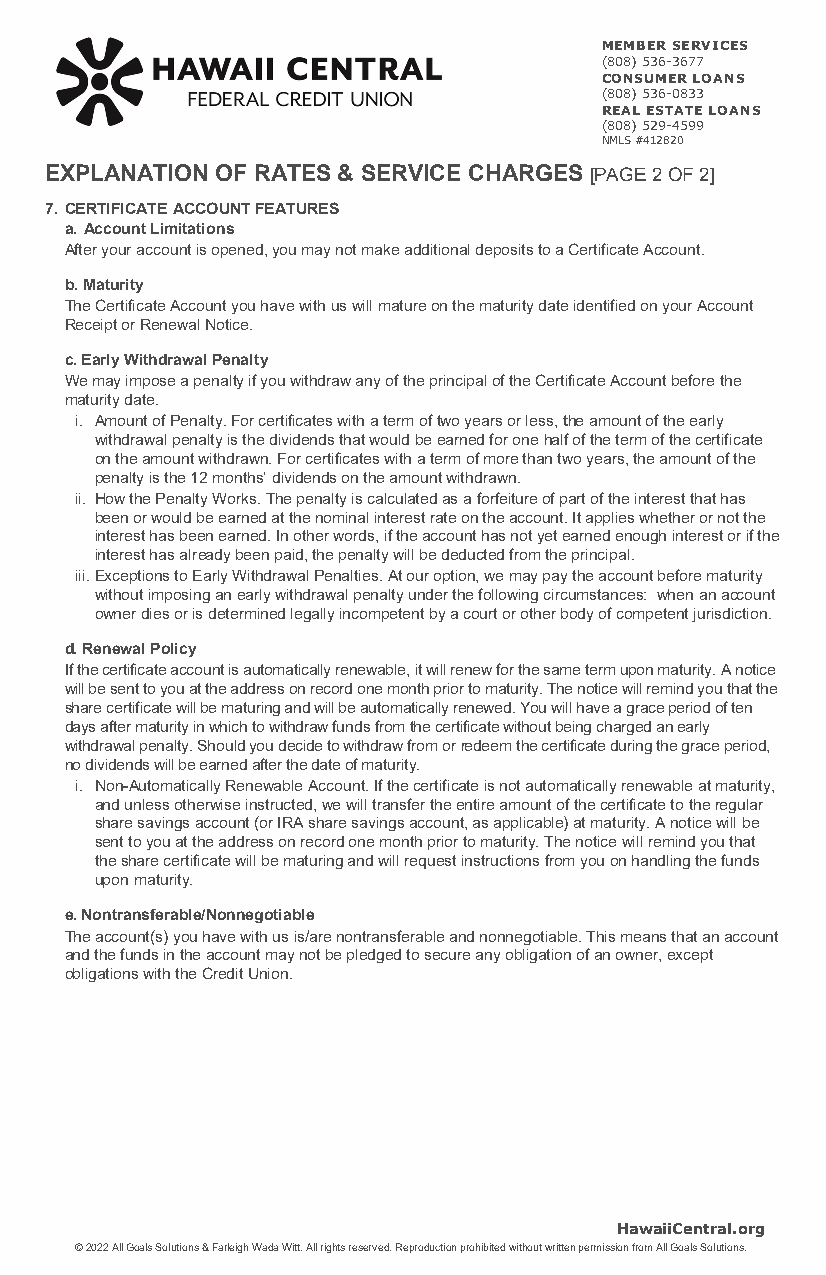
MEMBER SERVICES
 (808) 536-3677
 CONSUMER LOANS
 (808) 536-0833
 REAL ESTATE LOANS
 (808) 529-4599
 NMLS #412820
 EXPLANATION OF RATES & SERVICE CHARGES [PAGE 2 OF 2]
 7. CERTIFICATE ACCOUNT FEATURES
 a. Account Limitations
 After your account is opened, you may not make additional deposits to a Certificate Account.
 b. Maturity
 The Certificate Account you have with us will mature on the maturity date identified on your Account
 Receipt or Renewal Notice.
 c. Early Withdrawal Penalty
 We may impose a penalty if you withdraw any of the principal of the Certificate Account before the
 maturity date.
 i. Amount of Penalty. For certificates with a term of two years or less, the amount of the early
 withdrawal penalty is the dividends that would be earned for one half of the term of the certificate
 on the amount withdrawn. For certificates with a term of more than two years, the amount of the
 penalty is the 12 months’ dividends on the amount withdrawn.
 ii. How the Penalty Works. The penalty is calculated as a forfeiture of part of the interest that has
 been or would be earned at the nominal interest rate on the account. It applies whether or not the
 interest has been earned. In other words, if the account has not yet earned enough interest or if the
 interest has already been paid, the penalty will be deducted from the principal.
 iii. Exceptions to Early Withdrawal Penalties. At our option, we may pay the account before maturity
 without imposing an early withdrawal penalty under the following circumstances: when an account
 owner dies or is determined legally incompetent by a court or other body of competent jurisdiction.
 d. Renewal Policy
 If the certificate account is automatically renewable, it will renew for the same term upon maturity. A notice
 will be sent to you at the address on record one month prior to maturity. The notice will remind you that the
 share certificate will be maturing and will be automatically renewed. You will have a grace period of ten
 days after maturity in which to withdraw funds from the certificate without being charged an early
 withdrawal penalty. Should you decide to withdraw from or redeem the certificate during the grace period,
 no dividends will be earned after the date of maturity.
 i. Non-Automatically Renewable Account. If the certificate is not automatically renewable at maturity,
 and unless otherwise instructed, we will transfer the entire amount of the certificate to the regular
 share savings account (or IRA share savings account, as applicable) at maturity. A notice will be
 sent to you at the address on record one month prior to maturity. The notice will remind you that
 the share certificate will be maturing and will request instructions from you on handling the funds
 upon maturity.
 e. Nontransferable/Nonnegotiable
 The account(s) you have with us is/are nontransferable and nonnegotiable. This means that an account
 and the funds in the account may not be pledged to secure any obligation of an owner, except
 obligations with the Credit Union.
 HawaiiCentral.org
 © 2022 All Goals Solutions & Farleigh Wada Witt. All rights reserved. Reproduction prohibited without written permission from All Goals Solutions.